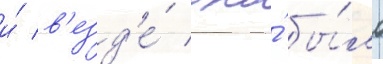
и́ в'езд'е́ оно́ бы́ло